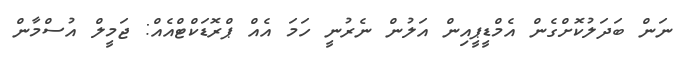
ނަން ބަދަލުކޮށްގެން އެމްޑީޕީއިން އަލުން ނެރުނީ ހަމަ އެއް ޕްރޮޑަކްޓްއެއް: ޖަމީލް އުސްމާން